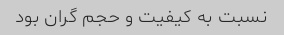
نسبت به کیفیت و حجم گران بود